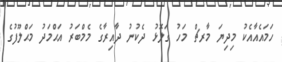
ހަމައެއާއެކު މިދިޔަ މާރޗް މަހު ގަލޮޅު ދެކުނު ދާއިރާގެ މެމްބަރު އަޙްމަދު މަޙްލޫފުގެ